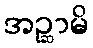
အဉ္ဆာမိ